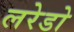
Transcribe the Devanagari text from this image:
लरेडो